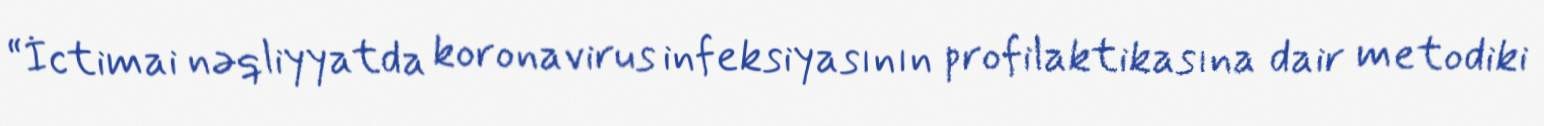
“İctimai nəqliyyatda koronavirus infeksiyasının profilaktikasına dair metodiki